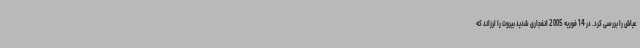
عیاش را بررسی کرد. در 14 فوریه 2005 انفجاری شدید بیروت را لرزاند که